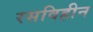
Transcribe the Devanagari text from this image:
रसविहीन